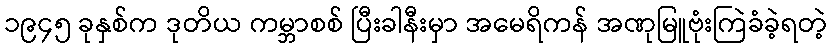
၁၉၄၅ ခုနှစ်က ဒုတိယ ကမ္ဘာစစ် ပြီးခါနီးမှာ အမေရိကန် အဏုမြူဗုံးကြဲခံခဲ့ရတဲ့